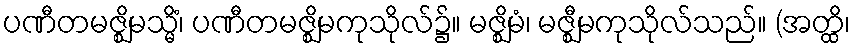
ပဏီတမဇ္ဈိမသ္မိံ၊ ပဏီတမဇ္ဈိမကုသိုလ်၌။ မဇ္ဈိမံ၊ မဇ္ဈီမကုသိုလ်သည်။ (အတ္ထိ၊